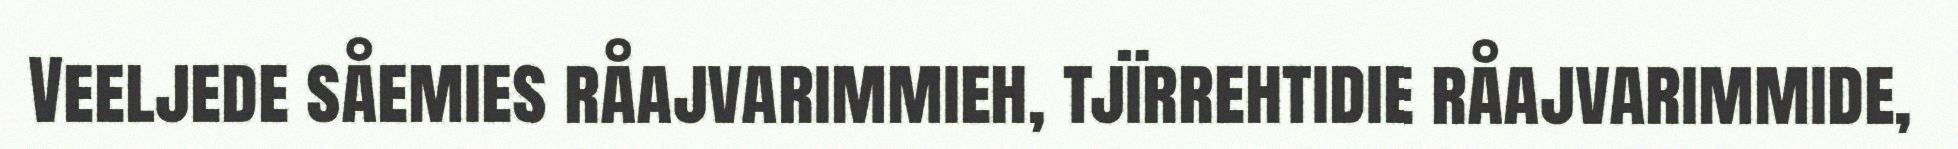
Veeljede såemies råajvarimmieh, tjïrrehtidie råajvarimmide,